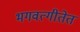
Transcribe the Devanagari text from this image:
भगवत्गीतेत